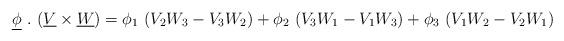
LaTeX: \begin{align*}\underline{\phi}~.~(\underline{V}\times\underline{W})=\phi_1~(V_2W_3-V_3W_2)+\phi_2~(V_3W_1-V_1W_3)+\phi_3~(V_1W_2-V_2W_1)\end{align*}